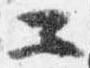
二